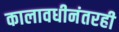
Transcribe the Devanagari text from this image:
कालावधीनंतरही